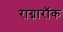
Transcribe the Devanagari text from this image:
राग्नारॉक